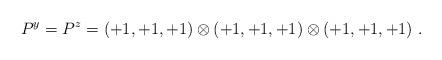
LaTeX: \begin{align*}P^y=P^z=(+1, +1, +1) \otimes (+1, +1, +1) \otimes (+1, +1, +1)~.~\,\end{align*}